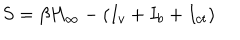
LaTeX: S = \beta H _ { \infty } - ( I _ { v } + I _ { b } + I _ { c t } )